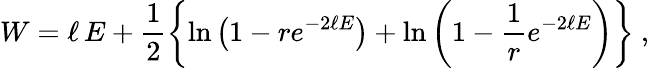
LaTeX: W=\ell\, E+\frac{1}{2}\left\{ \ln\left(1-re^{-2\ell E}\right)+\ln\left(1-\frac{1}{r}e^{-2\ell E}\right)\right\} \ ,